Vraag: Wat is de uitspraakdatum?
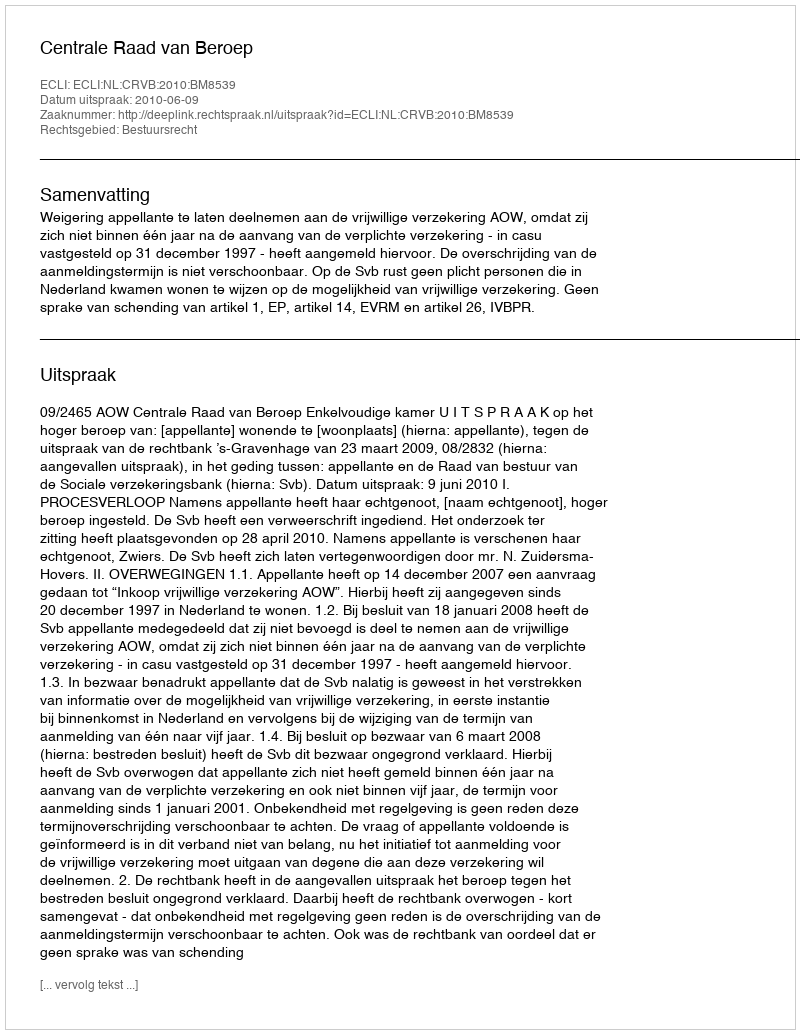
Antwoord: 2010-06-09